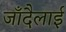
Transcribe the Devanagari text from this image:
जाँदैलाई